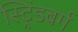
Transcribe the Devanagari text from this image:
स्ट्रिंडबर्ग